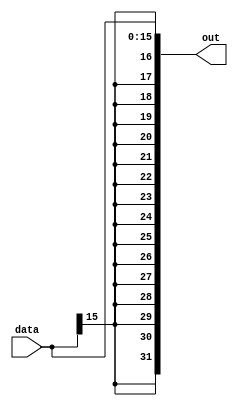
module signextended_16_32(
	input [15:0] data,
	output [31:0] out
    );
	assign out = {{16{data[15]}}, data};

endmodule